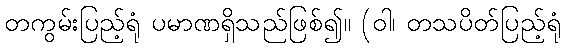
တကွမ်းပြည့်ရုံ ပမာဏရှိသည်ဖြစ်၍။ (ဝါ၊ တသပိတ်ပြည့်ရုံ